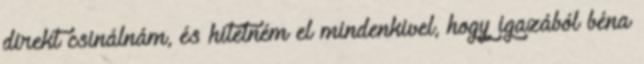
direkt csinálnám, és hitetném el mindenkivel, hogy igazából béna